Indian Medical Review
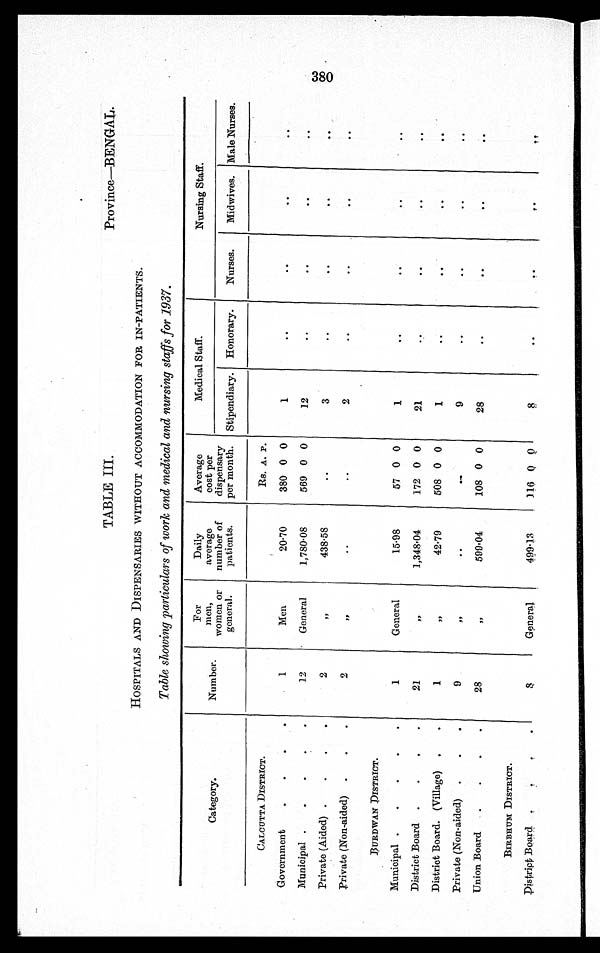
TABLE III.
Province—BENGAL.
HOSPITALS AND DISPENSARIES WITHOUT ACCOMMODATION FOR IN-PATIENTS.
Table showing particulars of work and medical and nursing staffs for 1937.
Category.
Number.
For
men,
women or
general.
Daily
average
number of
patients.
Average
cost per
dispensary
per month.
Medical Staff.
Nursing Staff.
Stipendiary.
Honorary.
Nurses.
Midwives. Male Nurses.
CALCUTTA DISTRICT.
Rs. A. P.
Government
1
Men
20·70
380 0 0
1
..
. .
. .
..
Municipal
12
General
1,780·08
569 0 0
12
. .
..
..
..
Private (Aided)
2
,,
438·58
..
3
..
..
. .
. .
private (Non-aided)
2
, ,
. .
.. .
2
..
..
..
..
BURDWAN DISTRICT.
Municipal
1
General
15·98
57 0 0
1
. .
. .
..
..
District Board
21
, ,
1,348·04
172 0 0
21
. .
..
..
..
District Board. (Village)
1
,,
42·79
508 0 0
1
..
..
..
. .
Private (Non-aided)
9
, ,
. .
..
9
. .
. .
. .
..
Union Board
28
,,
599·04
108 0 0
28
..
..
. .
. .
BIRBHUM DISTRICT.
District Board
8
General
499·13
116 0
0
8
. .
. .
. .
. .
380